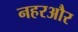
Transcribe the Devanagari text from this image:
नहरऔर